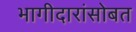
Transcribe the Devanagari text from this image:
भागीदारांसोबत